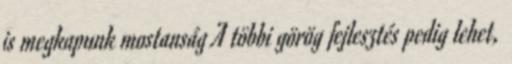
is megkapunk mostanság A többi görög fejlesztés pedig lehet,